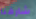
شارفنا